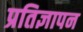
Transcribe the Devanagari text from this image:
प्रतिज्ञापन